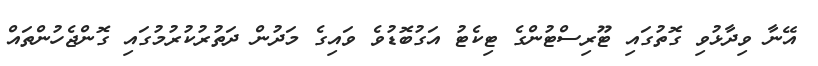
އޭނާ ވިދާޅުވި ގޮތުގައި ޓޫރިސްޓުންގެ ޓިކެޓު އަގުބޮޑުވެ ވައިގެ މަދުން ދަތުރުކުރުމުގައި ގޮންޖެހުންތައް